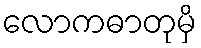
လောကဓာတုမှိ